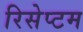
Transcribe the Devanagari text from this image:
रिसेप्टम